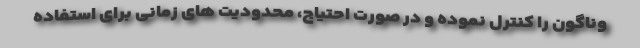
وناگون را کنترل نموده و در صورت احتیاج، محدودیت های زمانی برای استفاده